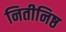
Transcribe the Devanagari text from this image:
नितीनिष्ठ